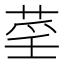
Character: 𦲻